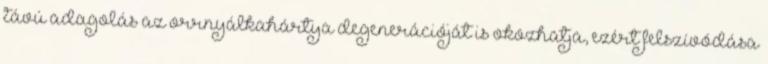
távú adagolás az orrnyálkahártya degenerációját is okozhatja, ezért felszívódása